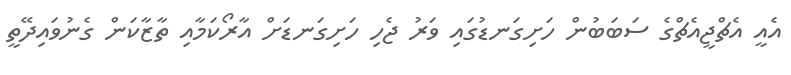
އެއީ އެޗްޖީއެޗްގެ ސަބަބުން ހަށިގަނޑުގައި ވަރު ޖެހި ހަށިގަނޑަށް އާރޯކަމާއި ތާޒާކަން ގެނުވައިދޭތީ